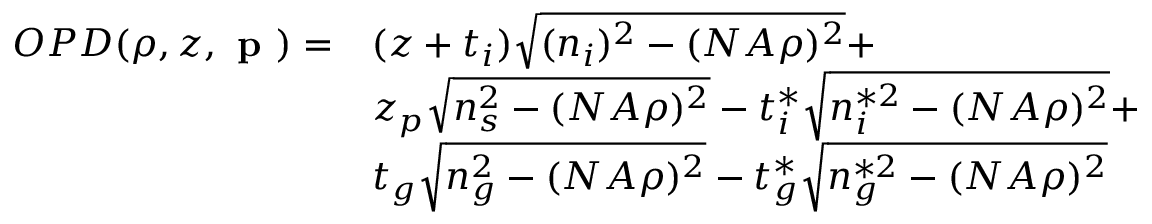
\begin{array} { c l } { O P D ( \rho , z , \textbf { p } ) = } & { ( z + t _ { i } ) \sqrt { ( n _ { i } ) ^ { 2 } - ( N A \rho ) ^ { 2 } } + } \\ & { z _ { p } \sqrt { n _ { s } ^ { 2 } - ( N A \rho ) ^ { 2 } } - t _ { i } ^ { * } \sqrt { n _ { i } ^ { * 2 } - ( N A \rho ) ^ { 2 } } + } \\ & { t _ { g } \sqrt { n _ { g } ^ { 2 } - ( N A \rho ) ^ { 2 } } - t _ { g } ^ { * } \sqrt { n _ { g } ^ { * 2 } - ( N A \rho ) ^ { 2 } } } \end{array}